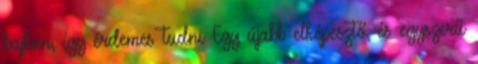
bajban, így érdemes tudni Egy újabb elképesztő, és egyszerű